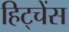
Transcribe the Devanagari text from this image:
हिट्चेंस